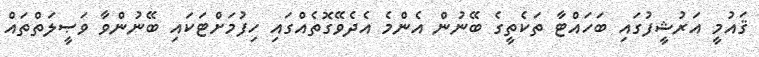
ޤައުމީ އަރުޝީފުގައި ބަހައްޓާ ތަކެތީގެ ބޭނުން އެންމެ އެދެވޭގޮތެއްގައި ހިފުމަށްޓަކައި ބޭނުންވާ ވަޞީލަތްތައް